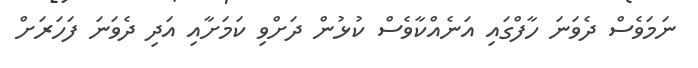
ނަމަވެސް ދެވަނަ ހާފްގައި އަނެއްކާވެސް ކުޅުން ދަށްވި ކަމަށާއި އަދި ދެވަނަ ފަހަރަށް